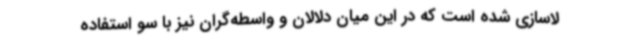
لاسازی شده است که در این میان دلالان و واسطه‌گران نیز با سو استفاده